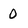
Character: 0